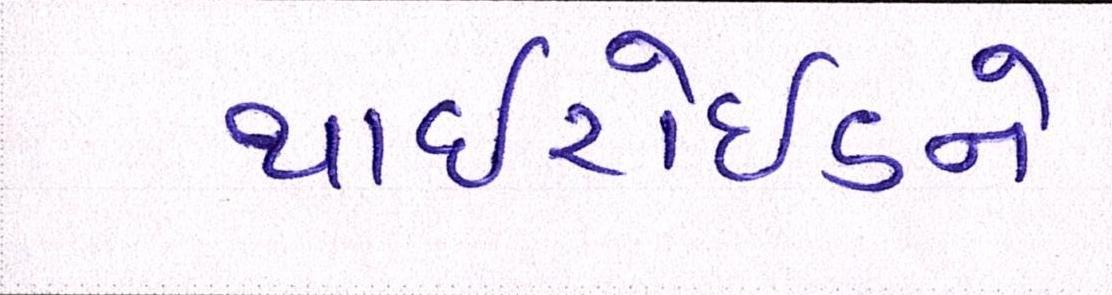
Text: થાઈરોઈડને